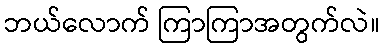
ဘယ်လောက် ကြာကြာအတွက်လဲ။